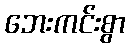
ဘေးကင်းစွာ